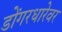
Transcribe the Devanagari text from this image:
डोंगरधारेवर